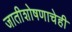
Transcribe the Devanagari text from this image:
जातीशोषणाचेही